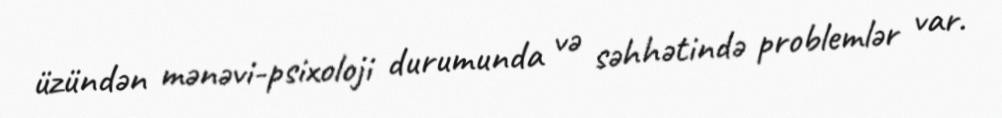
üzündən mənəvi-psixoloji durumunda və səhhətində problemlər var.